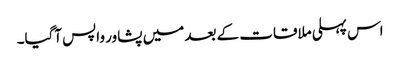
اس پہلی ملاقات کے بعد میں پشاور واپس آگیا۔